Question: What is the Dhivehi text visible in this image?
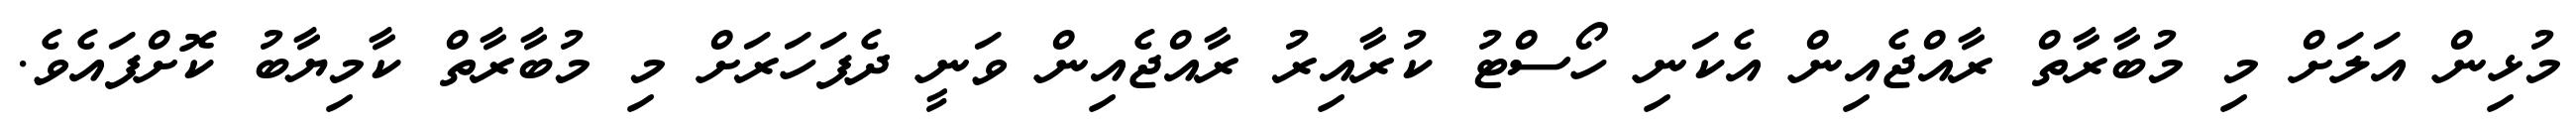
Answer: މުޅިން އަލަށް މި މުބާރާތް ރާއްޖެއިން އެކަނި ހޯސްޓު ކުރާއިރު ރާއްޖެއިން ވަނީ ދެފަހަރަށް މި މުބާރާތް ކާމިޔާބު ކޮށްފައެވެ.